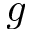
g